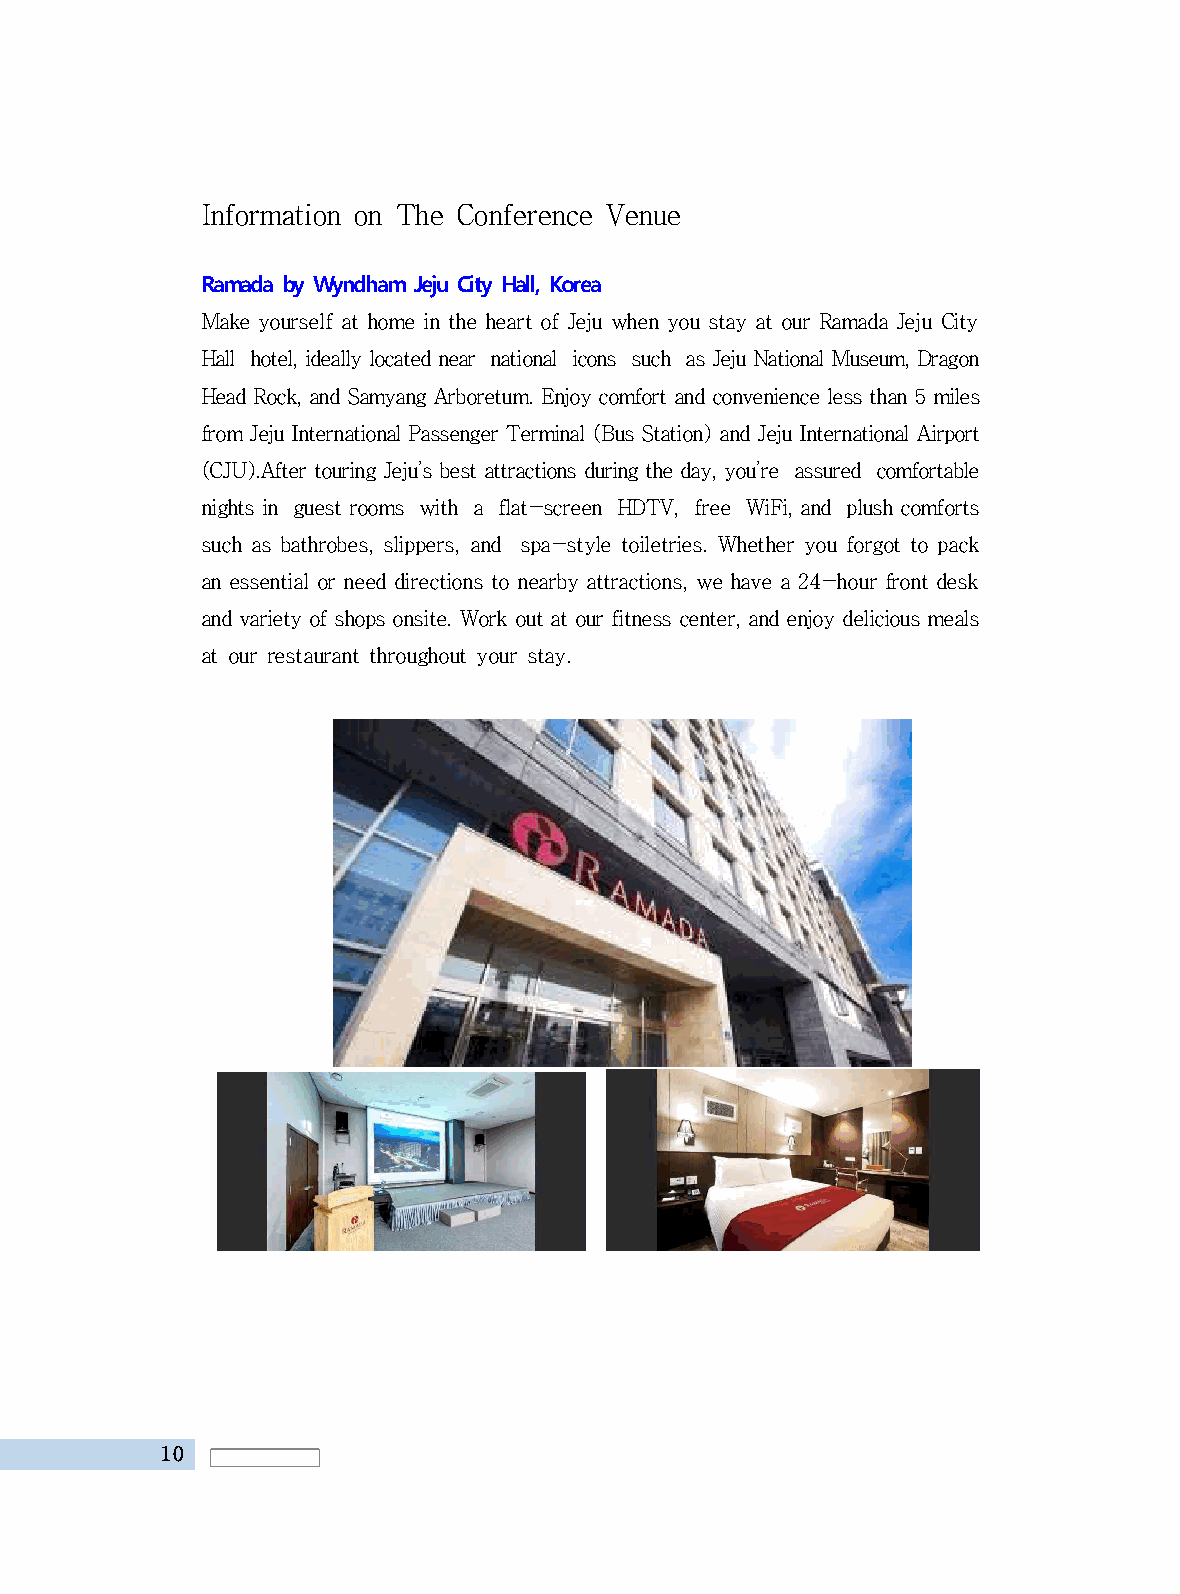
Information on The Conference Venue
 Ramada by Wyndham Jeju City Hall, Korea
 Make yourself at home in the heart of Jeju when you stay at our Ramada Jeju City
 Hall hotel, ideally located near national icons such as Jeju National Museum, Dragon
 Head Rock, and Samyang Arboretum. Enjoy comfort and convenience less than 5 miles
 from Jeju International Passenger Terminal (Bus Station) and Jeju International Airport
 (CJU).After touring Jeju’s best attractions during the day, you’re assured comfortable
 nights in guest rooms with a flat-screen HDTV, free WiFi, and plush comforts
 such as bathrobes, slippers, and spa-style toiletries. Whether you forgot to pack
 an essential or need directions to nearby attractions, we have a 24-hour front desk
 and variety of shops onsite. Work out at our fitness center, and enjoy delicious meals
 at our restaurant throughout your stay.
 10